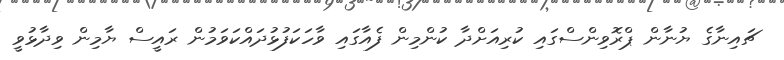
ޗައިނާގެ ޔުނާން ޕްރޮވިންސްގައި ކުރިއަށްދާ ކުންމިން ފެއާގައި ވާހަކަފުޅުދައްކަވަމުން ރައީސް ޔާމިން ވިދާޅުވީ